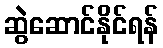
ဆွဲဆောင်နိုင်ရန်